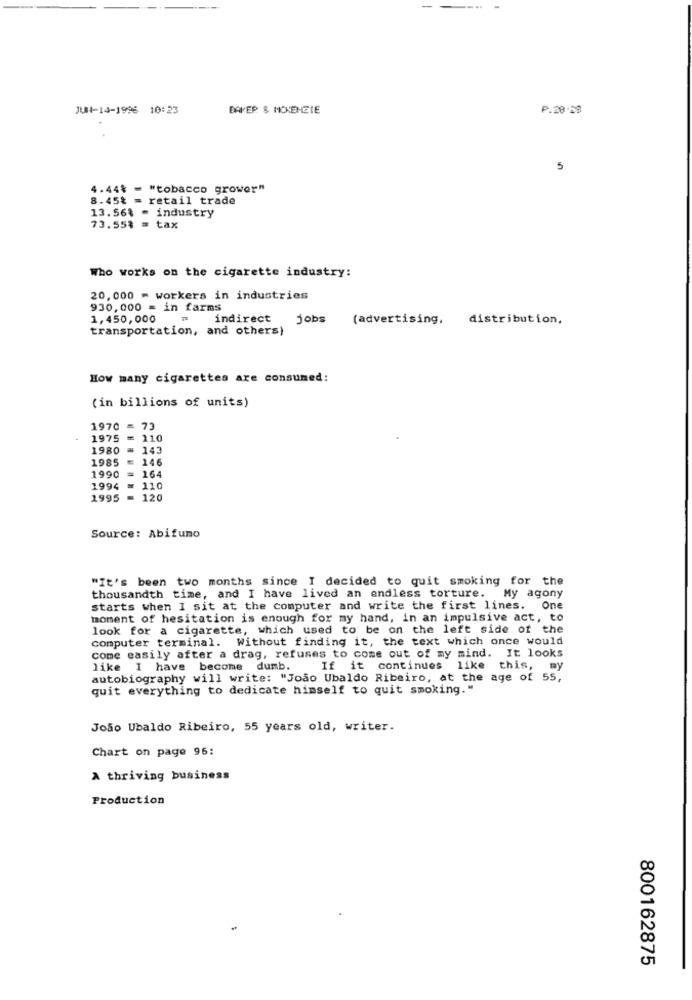
JUN-14-1996 10:23
BAKER & MCKENZIE
P.20-58
5
4.44% = "tobacco grower"
8.45% = retail trade
13.56% - industry
73.55% = tax
Who works on the cigarette industry:
20, 000 - workers in industries
930,000 = in farms
1,450,000
indirect
jobs
(advertising,
distribution,
transportation, and others)
How many cigarettes are consumed:
(in billions of units)
1970 = 73
1975
= 110
1980
= 143
1985
= 146
164
1990
1994 = 110
1995 = 120
Source: Abifuno
"It's been two months since I decided to quit smoking for the
thousandth time, and I have lived an endless torture. My agony
starts when I sit at the computer and write the first lines. One
moment of hesitation is enough for my hand, in an impulsive act, to
look for a cigarette, which used to be on the left side of the
computer terminal. Without finding it, the text which once would
come easily after a drag, refuses to come out of my mind. It looks
like I have become dumb.
If it continues like this, my
autobiography will write: "Joao Ubaldo Ribeiro, at the age of 55,
quit everything to dedicate himself to quit smoking."
João Ubaldo Ribeiro, 55 years old, writer.
Chart on page 96:
A thriving business
Production
800162875